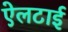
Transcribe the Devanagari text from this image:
ऐलटाई